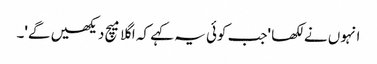
انہوں نے لکھا 'جب کوئی یہ کہے کہ اگلا میچ دیکھیں گے'۔